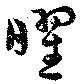
曜